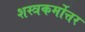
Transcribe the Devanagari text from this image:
शस्त्रकर्मोत्तर